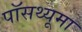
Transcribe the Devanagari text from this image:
पॉसथ्यूमा